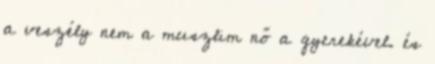
a veszély nem a muszlim nő a gyerekével. és